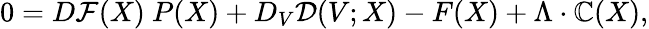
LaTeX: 0=D\mathcal{F}(X)~P(X)+D_{V}\mathcal{D}(V;X)-F(X)+\Lambda\cdot\mathbb{C}(X),